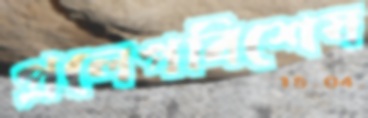
প্রলেপবিশেষ